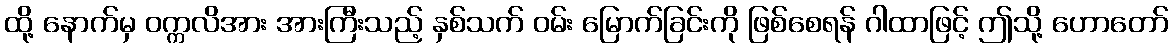
ထို့ နောက်မှ ဝက္ကလိအား အားကြီးသည့် နှစ်သက် ဝမ်း မြောက်ခြင်းကို ဖြစ်စေရန် ဂါထာဖြင့် ဤသို့ ဟောတော်